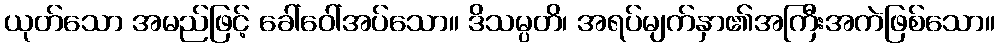
ယုတ်သော အမည်ဖြင့် ခေါ်ဝေါ်အပ်သော။ ဒိသမ္ပတိ၊ အရပ်မျက်နှာ၏အကြီးအကဲဖြစ်သော။